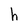
Character: h